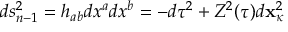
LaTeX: d s _ { n - 1 } ^ { 2 } = h _ { a b } d x ^ { a } d x ^ { b } = - d \tau ^ { 2 } + Z ^ { 2 } ( \tau ) d { \bf x } _ { \kappa } ^ { 2 }